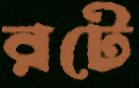
রটে